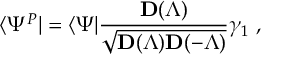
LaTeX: \langle \Psi ^ { P } | = \langle \Psi | \frac { { \mathbf D } ( \Lambda ) } { \sqrt { { \mathbf D } ( \Lambda ) { \mathbf D } ( - \Lambda ) } } \gamma _ { 1 } \; ,